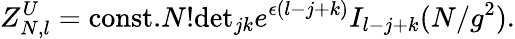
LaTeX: Z_{N,l}^{U}=\mathrm{const.}N!\mathrm{det}_{jk}e^{\epsilon(l-j+k)}I_{l-j+k}(N/g^{2}).